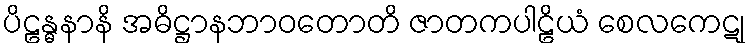
ပိဠန္ဓနာနိ အဓိဋ္ဌာနဘာဝတောတိ ဇာတကပါဠိယံ စေလကေဋု